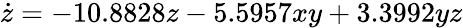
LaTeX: \dot{z}=-10.8828z-5.5957xy+3.3992yz